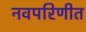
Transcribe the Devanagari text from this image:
नवपरिणीत